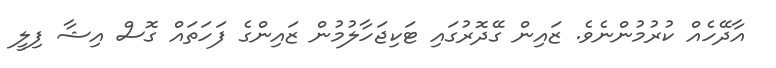
އާދޭހެއް ކުރުމުންނެވެ. ޒައިން ގޭދޮރުގައި ޓަކިޖަހާލުމުން ޒައިންގެ ފަހަތައް ގޮސް އިޝާ ފިލީ